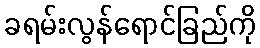
ခရမ်းလွန်ရောင်ခြည်ကို